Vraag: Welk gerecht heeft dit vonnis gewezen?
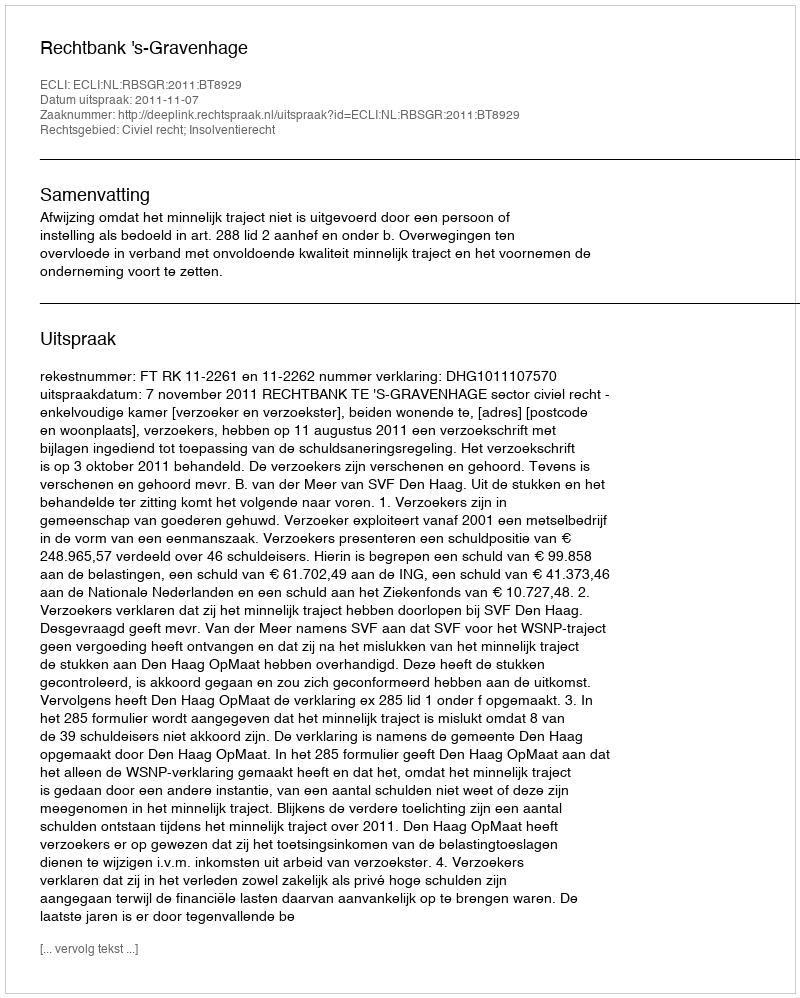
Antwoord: Rechtbank 's-Gravenhage